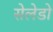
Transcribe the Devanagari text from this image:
सेलेडो